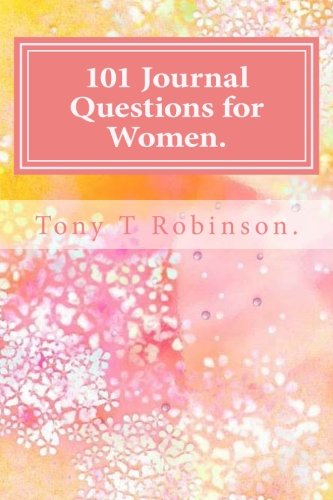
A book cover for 101 Journal Questions for Women.; Tony T Robinson.; Self-Help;